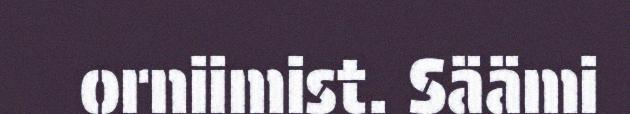
orniimist. Säämi